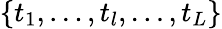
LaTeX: \{ t_{1},\dots,t_{l},\dots,t_{L}\}